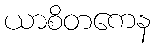
ယာစိတကေန